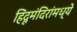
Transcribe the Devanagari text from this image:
हिंदूमंदिरांमध्ये